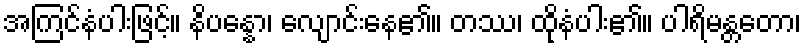
အကြင်နံပါးဖြင့်။ နိပန္နော၊ လျောင်းနေ၏။ တဿ၊ ထိုနံပါး၏။ ပါရိမန္တတော၊